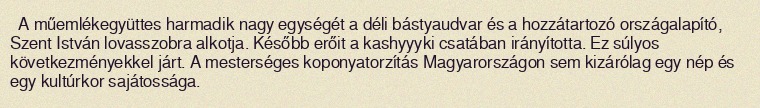
A műemlékegyüttes harmadik nagy egységét a déli bástyaudvar és a hozzátartozó országalapító, Szent István lovasszobra alkotja. Később erőit a kashyyyki csatában irányította. Ez súlyos következményekkel járt. A mesterséges koponyatorzítás Magyarországon sem kizárólag egy nép és egy kultúrkor sajátossága.